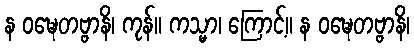
န ဝဍ္ဎေတဗ္ဗာနိ၊ ကုန်။ ကသ္မာ၊ ကြောင့်။ န ဝဍ္ဎေတဗ္ဗာနိ၊